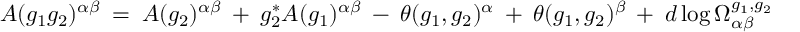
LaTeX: { \cal A } ( g _ { 1 } g _ { 2 } ) ^ { \alpha \beta } \: = \: { \cal A } ( g _ { 2 } ) ^ { \alpha \beta } \: + \: g _ { 2 } ^ { * } { \cal A } ( g _ { 1 } ) ^ { \alpha \beta } \: - \: \theta ( g _ { 1 } , g _ { 2 } ) ^ { \alpha } \: + \: \theta ( g _ { 1 } , g _ { 2 } ) ^ { \beta } \: + \: d \log \Omega _ { \alpha \beta } ^ { g _ { 1 } , g _ { 2 } }